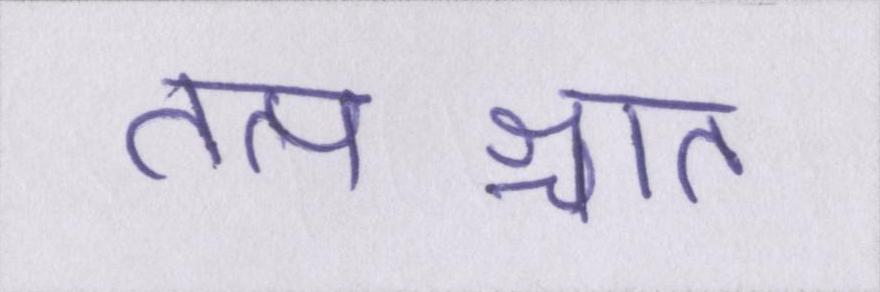
तत्पश्चात